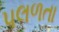
પલળતા